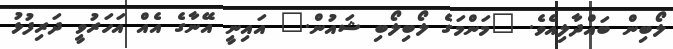
ލޯބިން ބައްދާލިއެވެ. "މަންމަގެ ލޯބިލޯބި ޝައުން." އައިނީ އޭނާގެ އެއް އަހަރުވީ ދަރިފުޅު